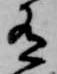
有